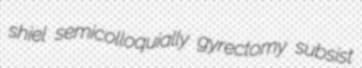
shiel semicolloquially gyrectomy subsist